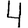
Digit: 4